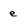
Character: e